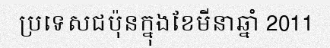
ប្រទេសជប៉ុនក្នុងខែមីនាឆ្នាំ 2011